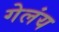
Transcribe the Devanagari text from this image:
गेलंय